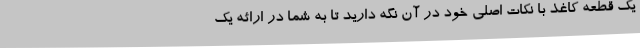
یک قطعه کاغذ با نکات اصلی خود در آن نگه دارید تا به شما در ارائه یک